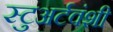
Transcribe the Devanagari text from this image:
स्टुअर्टवंशी